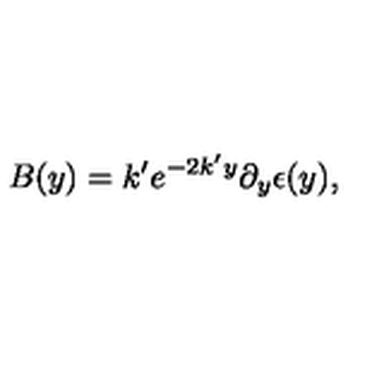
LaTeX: B ( y ) = k ^ { \prime } e ^ { - 2 k ^ { \prime } y } \partial _ { y } \epsilon ( y ) ,